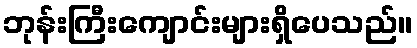
ဘုန်းကြီးကျောင်းများရှိပေသည်။